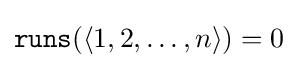
{\mathtt {runs}}(\langle 1,2,\dots ,n\rangle )=0